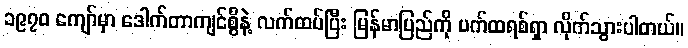
၁၉၇၀ ကျော်မှာ ဒေါက်တာကျင်စွိနဲ့ လက်ထပ်ပြီး မြန်မာပြည်ကို ပက်ထရစ်ရှာ လိုက်သွားပါတယ်။